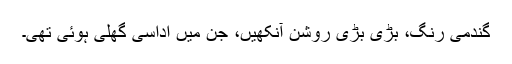
گندمی رنگ، بڑی بڑی روشن آنکھیں، جن میں اداسی گھُلی ہوئی تھی۔